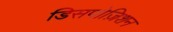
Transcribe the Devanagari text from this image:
डिसपोज़िशन